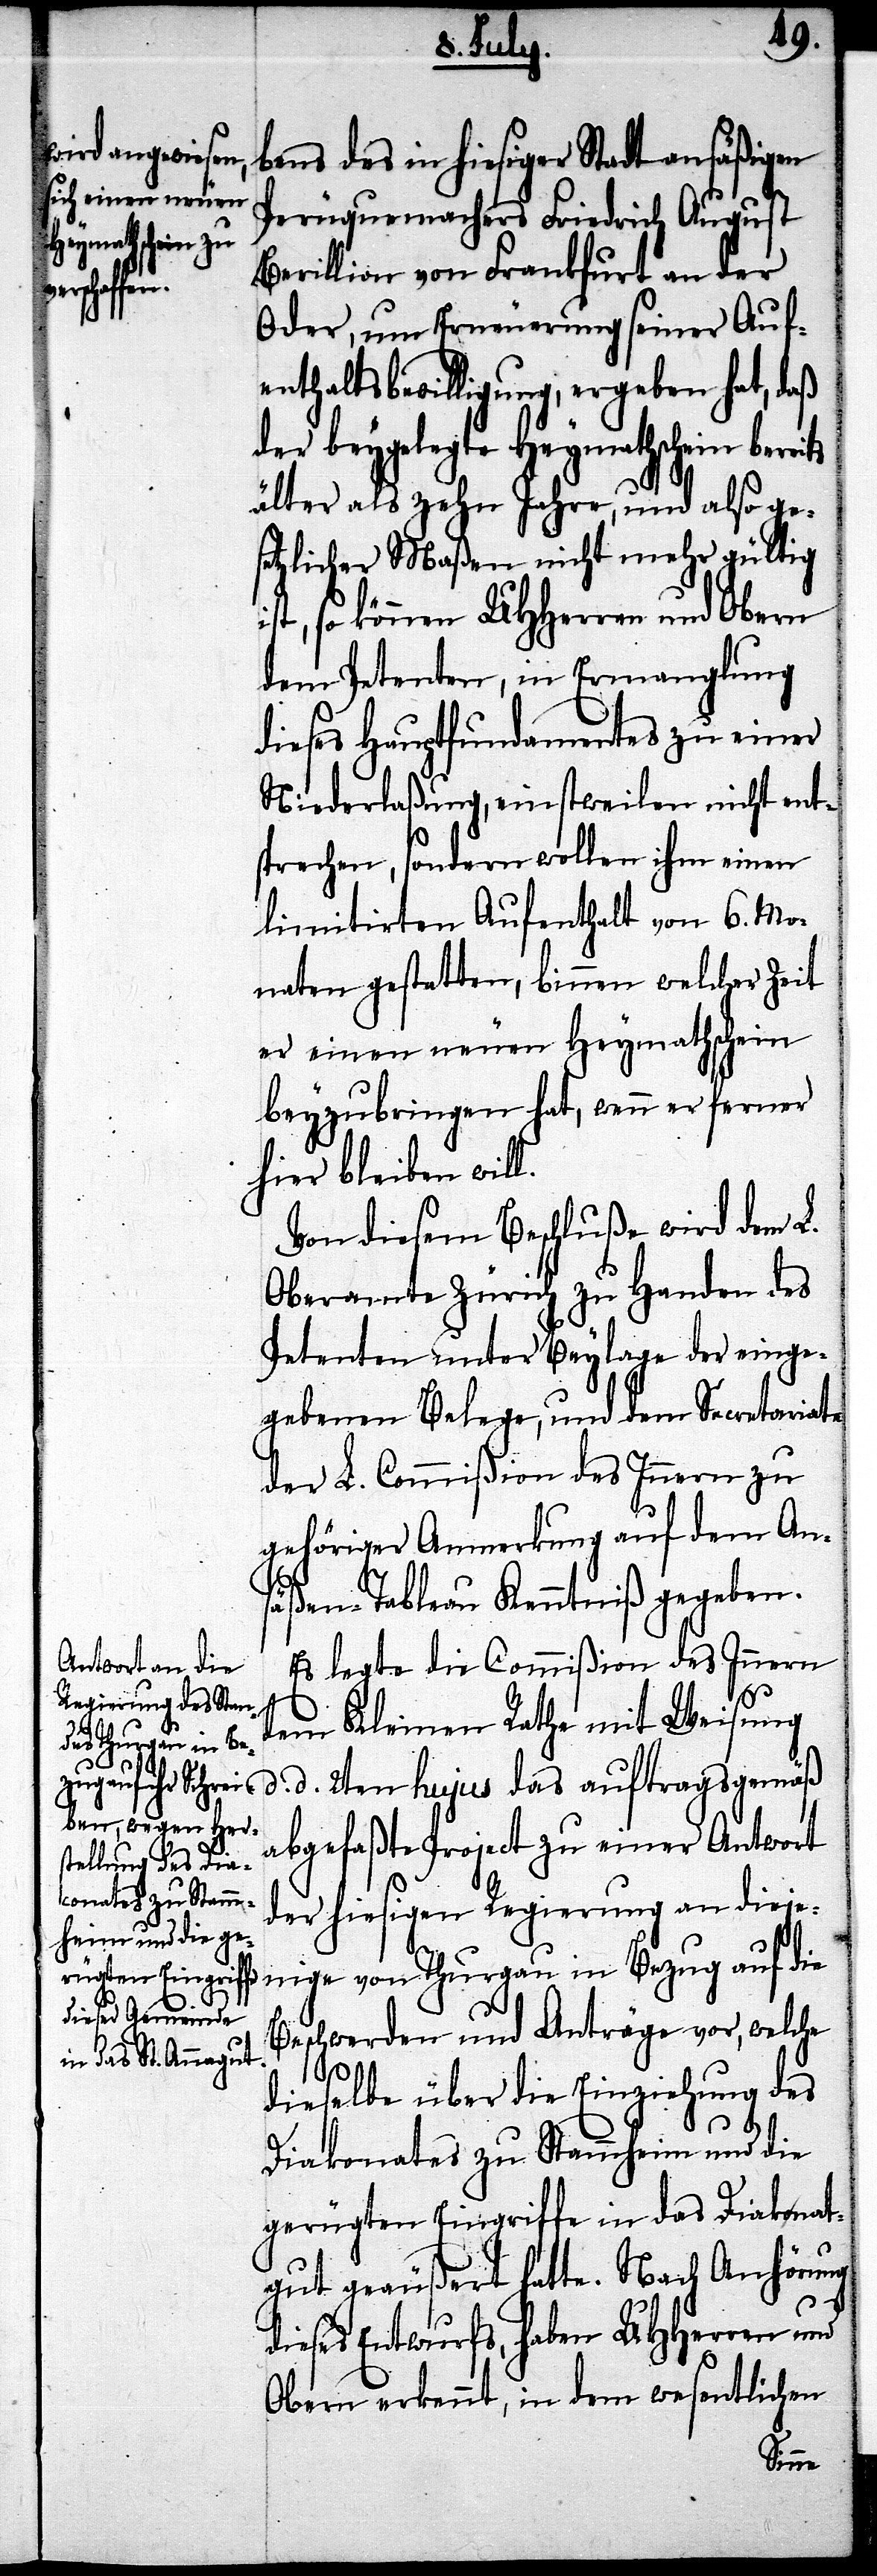
bens des in hiesiger Stadt ansäßigen
Perüquenmachers Friedrich August
Berillion von Frankfurt an der
Oder, um Erneuerung seiner Auf¬
enthaltsbewilligung, ergeben hat, daß
der beygelegte Heimathschein bereits
älter als zehn Jahre, und also ge¬
setzlicher Maßen nicht mehr gültig
ist, so können UHHerren und Obern
dem Petenten, in Ermanglung
dieses Hauptfundamentes zu einer
Niederlaßung, einstweilen nicht ent¬
sprechen, sondern wollen ihm einen
limitirten Aufenthalt von 6. Mo¬
naten gestatten, binnen welcher Zeit
er einen neuen Heymathschein
beyzubringen hat, wenn er ferner
hier bleiben will.
Von diesem Beschluße wird dem L.
Oberamte Zürich zu Handen des
Petenten unter Beylage der einge¬
gebenen Belege, und dem Secretariate
der L. Commißion des Innern zu
gehöriger Anmerkung auf dem An¬
säßen-Tableau Kenntniß gegeben.
Es legte die Commißion des Innern
dem Kleinen Rathe mit Weisung
d. d. 2ten hujus das auftragsgemäß
abgefaßte Project zu einer Antwort
der hiesigen Regierung an dieje¬
nige von Thurgau in Bezug auf die
Beschwerden und Anträge vor, welche
dieselbe über die Einziehung des
Diakonates zu Stammheim und die
gerügten Eingriffe in das Diakonat¬
gut geäußert hatte. Nach Anhörung
dieses Entwurfs, haben UHHerren und
Obern erkennt, in dem wesentlichen